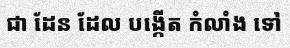
ជា ដែន ដែល បង្កើត កំលាំង ទៅ